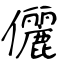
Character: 儷